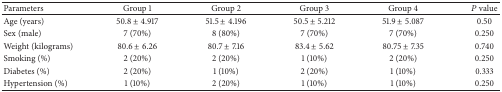
| Parameters | Group 1 | Group 2 | Group 3 | Group 4 | P value |
 | --- | --- | --- | --- | --- | --- |
 | Age (years) | 50.8 ± 4.917 | 51.5 ± 4.196 | 50.5 ± 5.212 | 51.9 ± 5.087 | 0.50 |
 | Sex (male) | 7 (70%) | 8 (80%) | 7 (70%) | 7 (70%) | 0.250 |
 | Weight (kilograms) | 80.6 ± 6.26 | 80.7 ± 7.16 | 83.4 ± 5.62 | 80.75 ± 7.35 | 0.740 |
 | Smoking (%) | 2 (20%) | 2 (20%) | 1 (10%) | 2 (20%) | 0.250 |
 | Diabetes (%) | 2 (20%) | 1 (10%) | 2 (20%) | 1 (10%) | 0.333 |
 | Hypertension (%) | 1 (10%) | 2 (20%) | 1 (10%) | 1 (10%) | 0.250 |